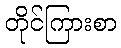
တိုင်ကြားစာ